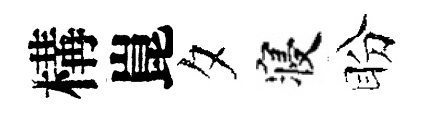
構崑夕寝盼